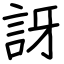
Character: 訝